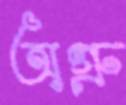
অগ্রু